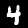
Label: 4